Annual statistical returns and brief notes on vaccination in Bengal - 1887-1898
Year: 1887
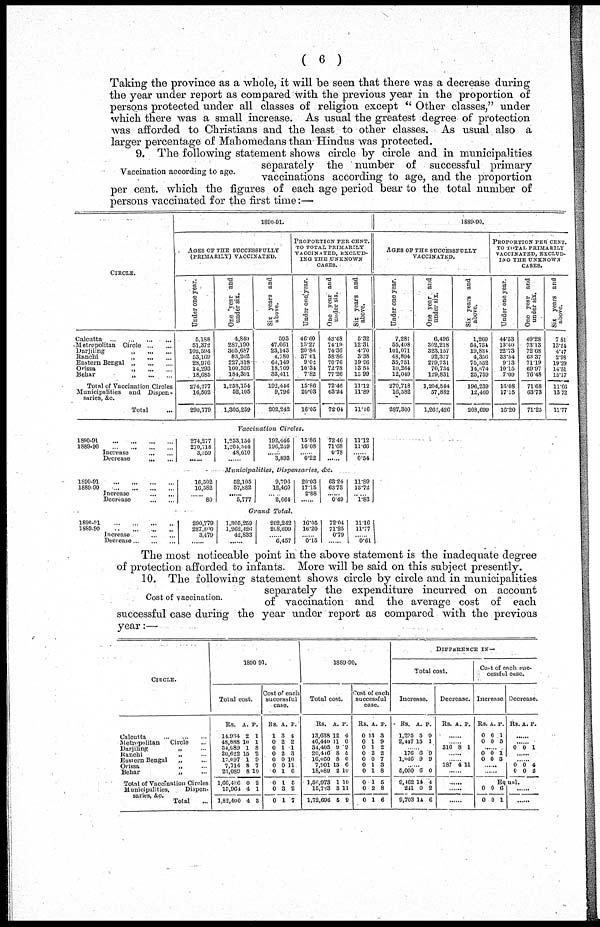
( 6 )
Taking the province as a whole, it will be seen that there was a decrease during
the year under report as compared with the previous year in the proportion of
persons protected under all classes of religion except " Other classes," under
which there was a small increase. As usual the greatest degree of protection
was afforded to Christians and the least to other classes. As usual also a
larger percentage of Mahomedans than Hindus was protected.
Vaccination according to age.
9. The following statement shows circle by circle and in municipalities
separately the number of successful primary
vaccinations according to age, and the proportion
per cent. wihch the figures of each age period bear to the total number of
persons vaccinated for the first time:—
CIRCLE.
Calcutta
...
...
...
...
Metropolitan Circle
...
...
Darjiling
„ ... ...
Ranchi
„
...
...
Eastern Bengal „
...
...
Orissa
„
...
...
Behar
,,
...
...
Total of Vaccination Circles
Municipalities
and
Dispen-
saries, &c.
Total ...
1890-91.
AGES OF THE SUCCESSFULLY
(PRIMARILY) VACCINATED.
Under one year.
6,188
51,372
102,594
53,169
28,976
14,293
18,685
274,277
16,502
290,779
One year and
under six.
4,840
287,190
365,687
83,202
227,318
100,526
184,391
1,253,154
52,105
1,305,259
Six years and
above.
593
47,661
23,143
4,780
64,149
18,709
33,411
192,446
9,796
202,242
PROPORTION PER CENT.
TO TOTAL PRIMARILY
VACCINATED, EXCLUD-
ING THE UNKNOWN
CASES.
Under one year.
46.60
13.27
20.86
37.61
9.02
10.34
7.82
15.86
20.03
16.05
One year and
under six.
43.48
74.19
74.36
58.86
70.76
72.78
77.26
72.48
63.24
72.04
Six years and
above.
5.32
12.31
4.70
3.38
19.96
13.54
13.99
11.12
11.89
11.16
1889-90.
AGES OF THE SUCCESSFULLY
VACCINATED.
Under one year.
7,281
55,408
101,071
48,894
35,751
10,264
12,049
270,718
16,582
287,300
One year and
under six.
6,496
302,218
323,157
92,377
279,731
70,734
129,831
1,204,544
57,882
1,262,426
Six years and
above.
1,260
54,754
19,834
4,356
75,552
14,674
25,759
196,239
12,460
208,699
PROPORTION PER CENT.
TO TOTAL PRIMARILY
VACCINATED, EXCLUD-
ING THE UNKNOWN
CASES.
Under one year.
44.53
13.40
22.73
33.54
9.13
10.15
7.09
16.08
17.15
16.20
One year and
under six.
40.28
73.13
72.68
63.37
71.19
69.97
76.48
71.68
63.73
71.25
Six years and
above.
7.81
13.24
4.47
2.98
19.29
14.51
15.17
11.66
13.72
11.77
Vaccination
Circles.
1890-91...
...
...
...
1889-90 ... ... ... ...
Increase ... ...
Decrease
...
...
274,277
270,718
3,559
......
1,253,154
1,204,544
48,610
......
192,446
196,239
......
3,893
15.86
16.08
......
0.22
72.46
71.68
0.78
......
municipalities,
Dispensaries,&c.
1890-91 ... ... ...
1889-90
...
...
...
Increase
...
...
Decrease
...
...
16,502
16,582
......
80
52,105
57,882
......
5,777
9,796
12,460
......
2,664
20.03
17.16
2.88
......
63.24
63.73
......
0.49
11.12
11.66
......
0.54
11.89
13.72
......
1.83
Grand
Total.
1890-91
...
...
...
...
1889-90
...
...
...
...
Increase ... ...
Decrease
...
...
...
290,779
287,300
3,479
......
1,305,259
1,262,426
42,833
......
202,242
208,699
......
6,457
16.05
16.20
......
0.15
72.04
71.25
0.79
......
11.16
11.77
......
0.61
The most noticeable point in the above statement is the inadequate degree
of protection afforded to infants. More will be said on this subject presently.
Cost of vaccination.
10. The following statement shows circle by circle and in municipalities
separately the expenditure incurred on account
of vaccination and the average cost of each
successful case during the year under report as compared with the previous
year:—
CIRCLE.
Calcutta
...
...
...
Metropolitan
Circle ...
Darjiling
„ ...
Ranchi
„ ...
Eastern Bengal „ ...
Orissa „ ...
Behar
„ ...
Total of Vaccination Circles
Municipalities, Dispen-
saries, &c.
Total ...
1890-91.
Total cost.
Rs.
14,934
48,888
34,089
20,622
17,097
7,714
23,089
l,66,436
15,964
1,82,400
A.
2
10
1
15
1
8
8
0
4
4
P.
1
1
8
2
9
7
10
2
1
3
Cost of each
successful
case.
Rs.
1
0
0
0
0
0
0
0
0
0
A.
3
2
1
2
0
0
1
1
3
1
P.
4
2
1
3
10
11
6
5
2
7
1889-90.
Total cost.
Rs.
13,638
46,440
34,405
20,416
16,050
7,901
18,089
1,56,973
15,723
1,72,696
A.
12
11
9
8
8
13
2
1
3
5
P.
4
0
9
6
0
6
10
10
11
9
Cost of each
successful
case.
Rs.
0
0
0
0
0
0
0
0
0
0
A
13
1
1
2
0
1
1
1
2
1
P.
3
9
2
2
7
3
8
6
8
6
DIFFERENCE IN—
Total cost.
Increase.
Rs.
1,295
2,447
A.
5
15
P.
0
1
......
176
1,046
6
9
9
9
......
5,000
9,462
241
9,703
6
14
0
14
0
4
2
6
Decrease.
Rs. A. P.
......
......
316 8 1
......
......
187 4 11
......
......
......
......
Cost of each suc-
cessful case.
Increase.
Rs.
0
0
A.
6
0
P.
1
5
......
0
0
0
0
1
3
......
......
Decrease.
Rs. A. P.
......
......
0 0 1
......
......
0
0
0
0
4
2
Equal.
0
0
0
0
6
1
......
......